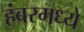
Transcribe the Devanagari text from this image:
हंबरमध्ये